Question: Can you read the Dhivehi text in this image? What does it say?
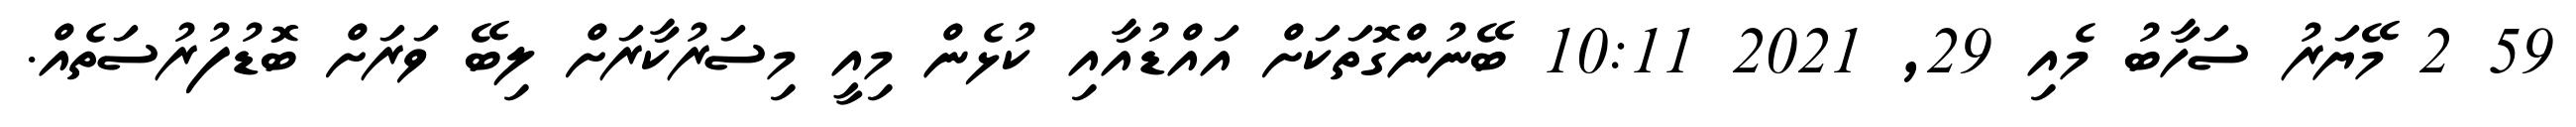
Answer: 59 2 މޭޔަރު ސަހާބު މެއި 29, 2021 10:11 ބޭނުންގޮތަކަށް އައްޑުއާއި ކުޅެން މިއީ މިސަރުކާރަށް ލިބޭ ވަރަށް ބޮޑުފުރުސަތެއް.